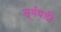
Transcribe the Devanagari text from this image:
सूर्यघड़ी